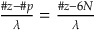
\begin{array} { r } { \frac { \# z - \# p } { \lambda } = \frac { \# z - 6 N } { \lambda } } \end{array}